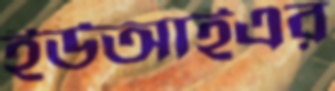
ইউআইএর